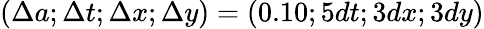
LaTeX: (\Delta a;\Delta t;\Delta x;\Delta y)=(0.10;5dt;3dx;3dy)